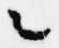
々